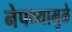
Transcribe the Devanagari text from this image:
नेपथ्यामुळे